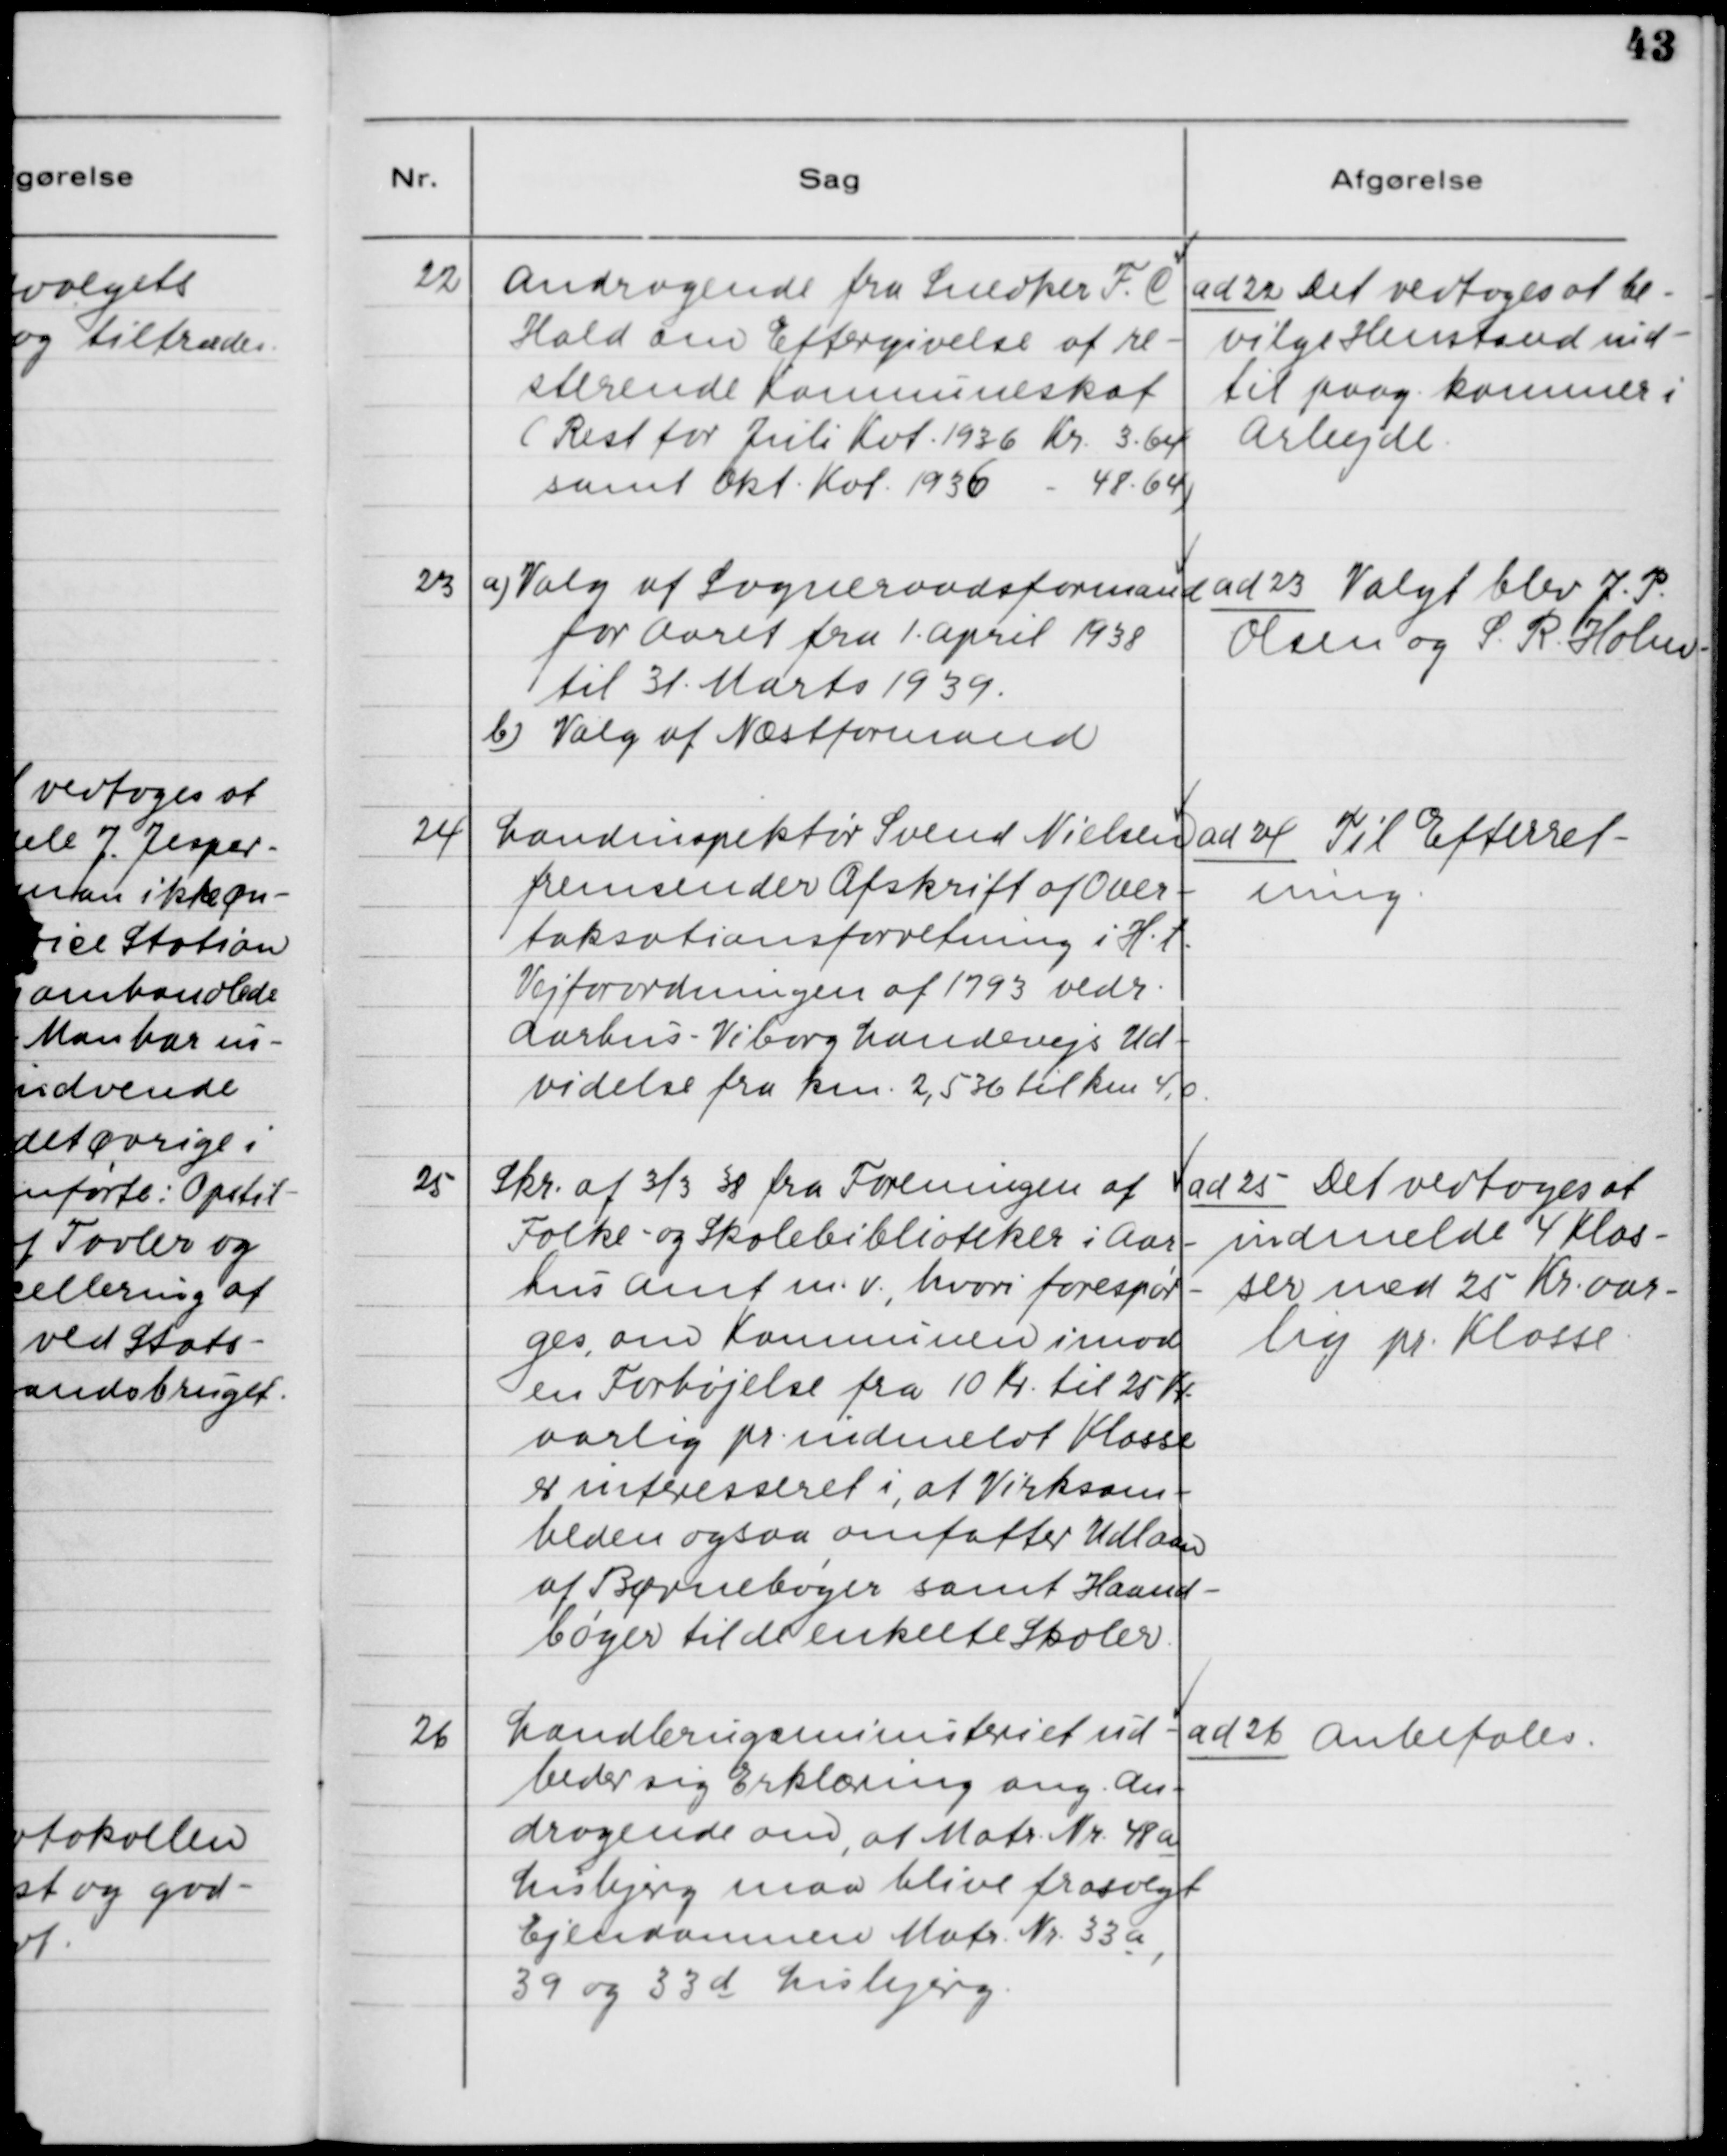
Transskription:
22. Andragende fra Snedker F. C.
Hald om Eftergivelse af re-
sterende Kommuneskat
(Rest for Juli Kvt. 1936 Kr. 3.64
samt Okt. Kvt. 1936 Kr. 48.64)

ad 22. Det vedtoges at
bevilge Henstand ind-
til paag. kommer i
Arbejde.

23. a) Valg af Sogneraadsformand
for Aaret fra 1. April 1938
til 31. Marts 1939.
b) Valg af Næstformand

ad 23. Valgt blev J. P:
Olsen og S. R. Holm

24. Landinspektør Svend Nielsen
fremsender Afskrift af Over-
taksationsforretning i H. t.
Vejforordningen af 1793 vedr.
Aarhus - Viborg Landevejs Ud-
videlse fra km. 2,536 til km. 4,0.

ad 24. Til Efterret-
ning.

25. Skr. af 3/3 39 fra Foreningen af
Folke- og Skolebiblioteker i Aar-
hus Amt m.v., hvori forespør-
ges, om Kommunen imod
en Forhøjelse fra 10 Kr. til 25 Kr.
aarlig pr. indmeldt Klasse
er interesseret i, at Virksom-
heden ogsaa omfatter Udlaan
af Børnebøger samt Haand-
bøger til de enkelte Skoler.

ad 25. Det vedtoges at
indmelde 4 Klas-
ser med 25 Kr. aar-
lig pr. Klasse.

26. Landbrugsministeriet ud-
beder sig Erklæring ang. An-
dragende om, at Matr. Nr. 48 a
Lisbjerg maa blive frasolgt
Ejendommen Matr. Nr. 33 a,
39 og 33 d Lisbjerg.

ad 26. Anbefales.